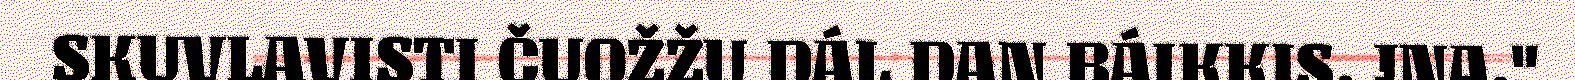
SKUVLAVISTI ČUOŽŽU DÁL DAN BÁIKKIS. JNA."